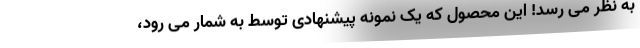
به نظر می رسد! این محصول که یک نمونه پیشنهادی توسط به شمار می رود،